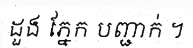
ដួង ភ្នែក បញ្ជាក់ ។